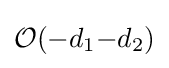
{\mathcal {O}}(-d_{1}{-}d_{2})